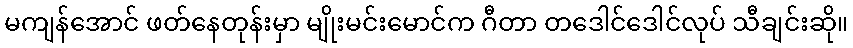
မကျန်အောင် ဖတ်နေတုန်းမှာ မျိုးမင်းမောင်က ဂီတာ တဒေါင်ဒေါင်လုပ် သီချင်းဆို။